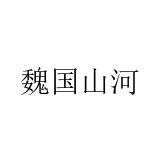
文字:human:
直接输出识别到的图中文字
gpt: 魏国山河